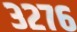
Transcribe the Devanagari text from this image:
३२७६